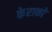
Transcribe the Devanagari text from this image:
केराको